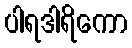
ပါရဒါရိကော